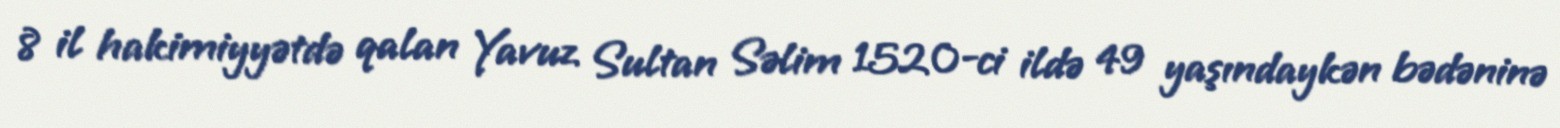
8 il hakimiyyətdə qalan Yavuz Sultan Səlim 1520-ci ildə 49 yaşındaykən bədəninə